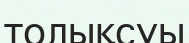
толықсуы